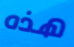
هذه